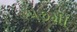
૫૭મી